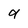
Character: 9